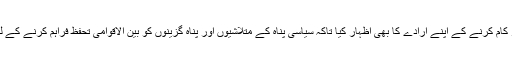
امریکہ نے مذکورہ ممالک کے ساتھ مل کر کام کرنے کے اپنے ارادے کا بھی اظہار کیا تاکہ سیاسی پناہ کے متلاشیوں اور پناہ گزینوں کو بین الاقوامی تحفظ فراہم کرنے کے لیے وہ اپنی صلاحیتوں میں اضافہ کر سکیں۔